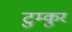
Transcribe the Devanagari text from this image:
टुम्कुर